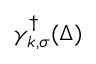
\gamma _ { k , \sigma } ^ { \dag } ( \Delta )